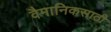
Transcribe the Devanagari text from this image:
वैमानिकसाठी